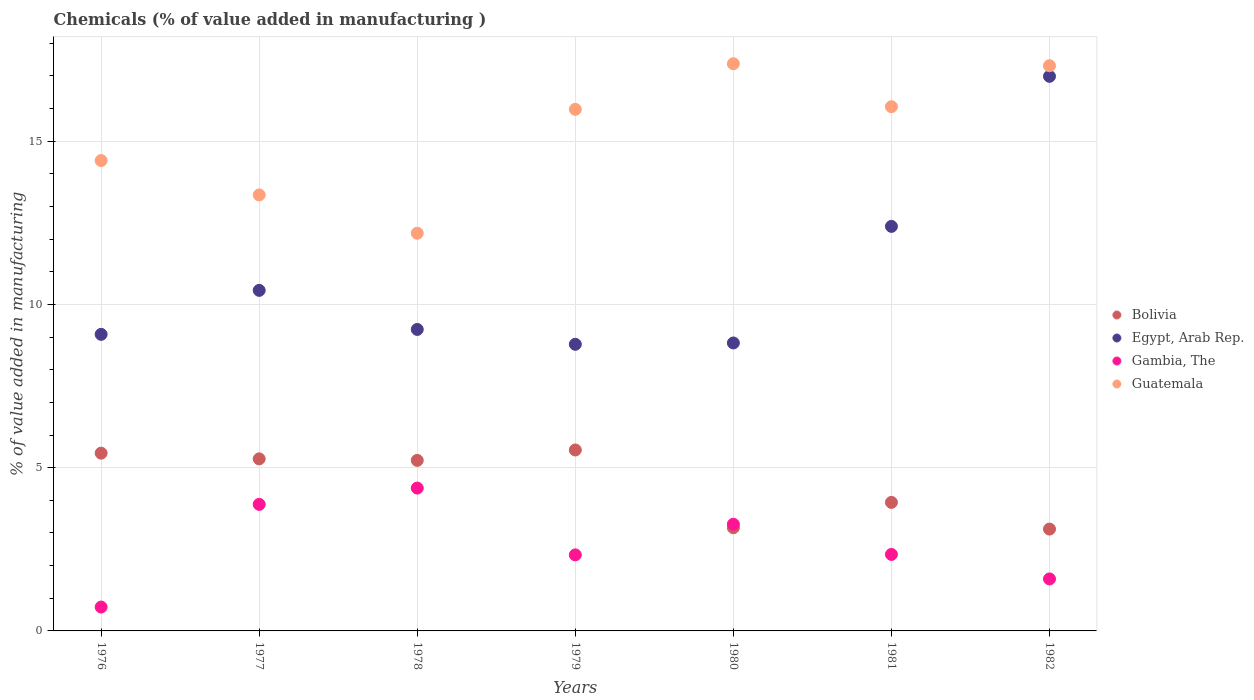
| Years | Bolivia | Egypt, Arab Rep. | Gambia, The | Guatemala |
 | --- | --- | --- | --- | --- |
 | 1976 | 5.45 | 9.08 | 0.731 | 14.4 |
 | 1977 | 5.27 | 10.4 | 3.88 | 13.4 |
 | 1978 | 5.22 | 9.24 | 4.38 | 12.2 |
 | 1979 | 5.54 | 8.78 | 2.33 | 16 |
 | 1980 | 3.16 | 8.82 | 3.27 | 17.4 |
 | 1981 | 3.94 | 12.4 | 2.34 | 16.1 |
 | 1982 | 3.12 | 17 | 1.59 | 17.3 |